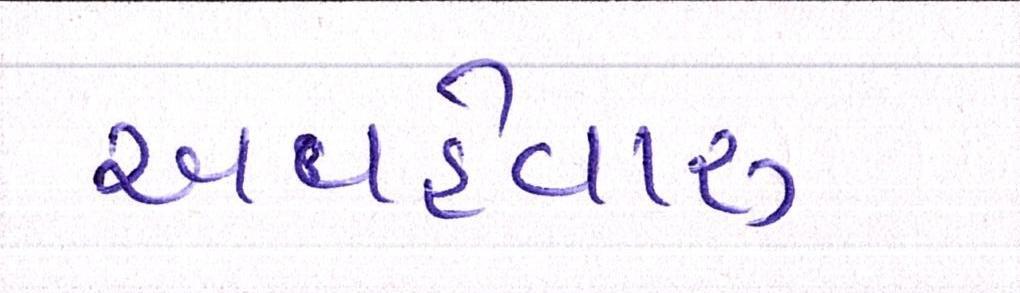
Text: અવહેવારુ